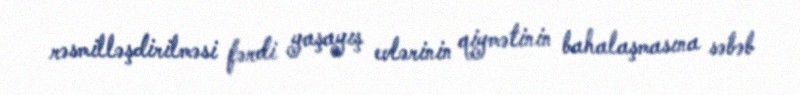
rəsmilləşdirilməsi fərdi yaşayış evlərinin qiymətinin bahalaşmasına səbəb